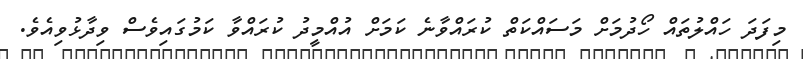
މިފަދަ ހައްލުތައް ހޯދުމަށް މަސައްކަތް ކުރައްވާނެ ކަމަށް އުއްމީދު ކުރައްވާ ކަމުގައިވެސް ވިދާޅުވިއެވެ.